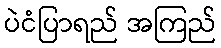
ပဲငံပြာရည် အကြည်